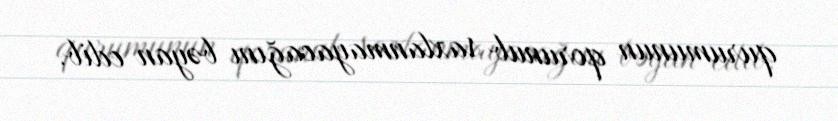
qurumunun qorunub saxlanmayacağını bəyan edib.